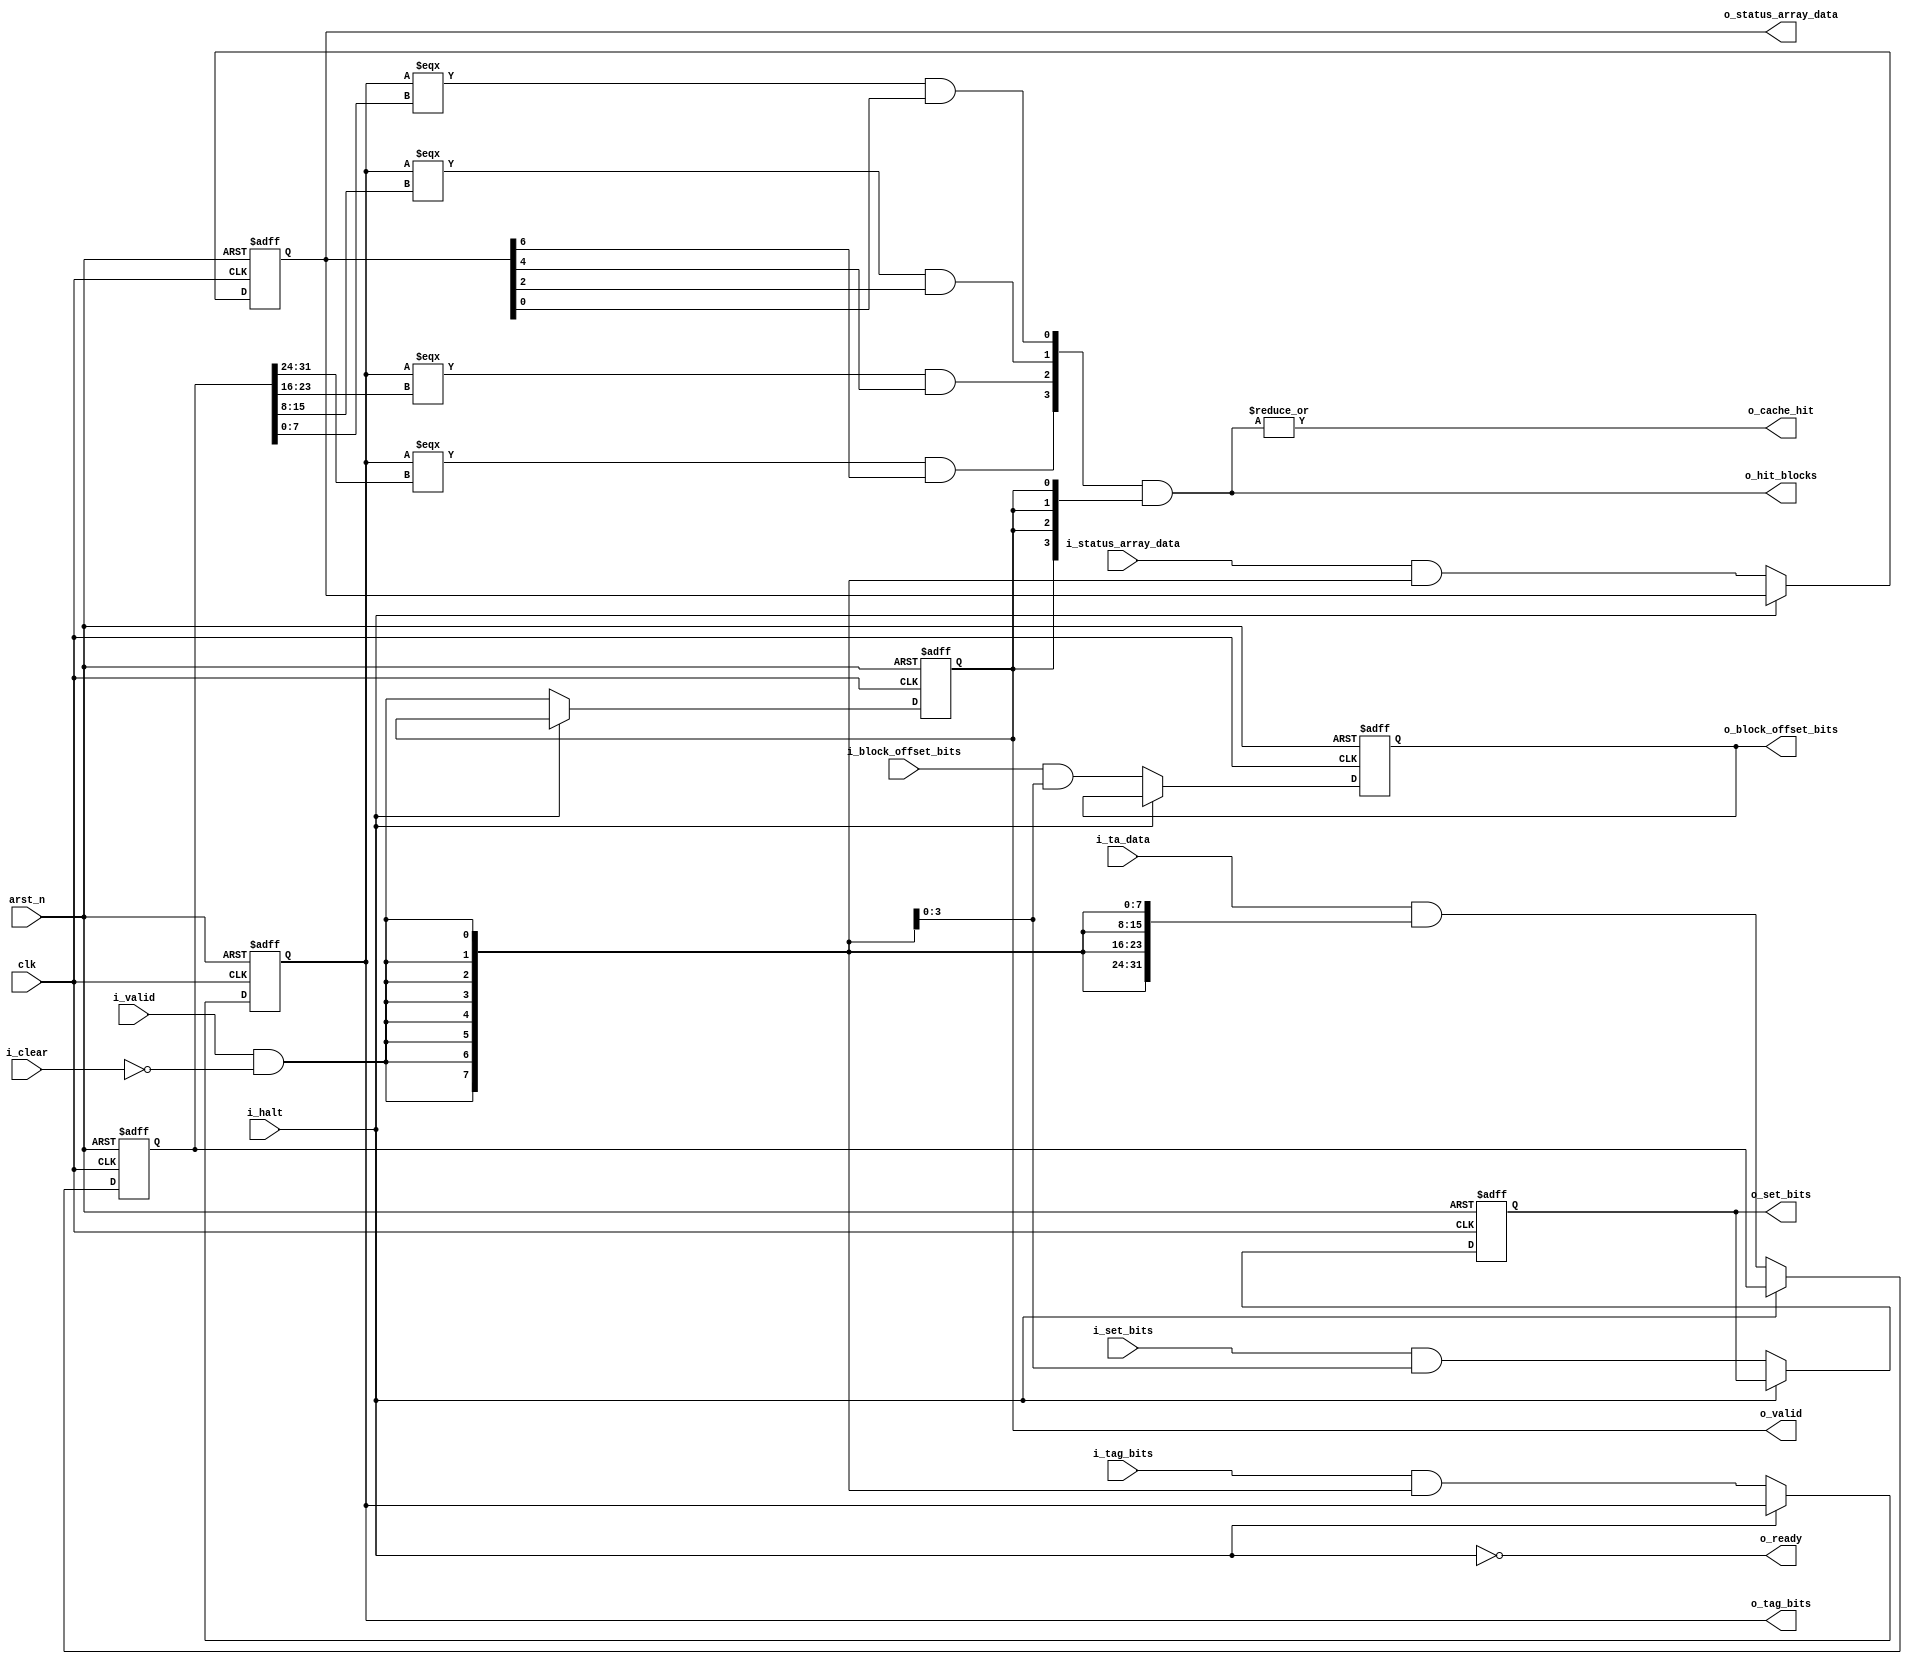
module tag_checker (
    input   wire    [TAG_BITS_WIDTH-1:0]        i_tag_bits,
    
    input   wire    [TAG_ARRAY_WIDTH-1:0]       i_ta_data,
    input   wire    [STATUS_ARRAY_WIDTH-1:0]    i_status_array_data,
    
    // pass through for miss handling
    input   wire    [SET_BITS_WIDTH-1:0]        i_set_bits,
    input   wire    [BLOCK_OFFSET_BITS-1:0]     i_block_offset_bits,
    input   wire                                i_valid,
    input   wire                                i_clear,
    
    input   wire                                clk,
    input   wire                                arst_n,
    input   wire                                i_halt,
    
    output  wire    [NUM_BLOCKS-1:0]            o_hit_blocks,
    output  reg                                 o_cache_hit, // 1 means cache hit, 0 means miss
    output  reg     [TAG_BITS_WIDTH-1:0]        o_tag_bits,
    output  reg     [SET_BITS_WIDTH-1:0]        o_set_bits,
    output  reg     [BLOCK_OFFSET_BITS-1:0]     o_block_offset_bits,
    output  reg     [STATUS_ARRAY_WIDTH-1:0]    o_status_array_data, 

    output  reg                                 o_valid,
    output  wire                                o_ready
);
    // to aid understanding
    localparam TAG_BITS_WIDTH = 8;
    localparam BLOCK_OFFSET_BITS = 4; 
    localparam TAG_ARRAY_WIDTH = 32;
    localparam STATUS_ARRAY_WIDTH = 8;
    localparam SET_BITS_WIDTH = 4;

    localparam NUM_BLOCKS = 4;

    localparam USE_BIT_IDX      = 0; // for use in understanding status_array_data
    localparam VALID_BIT_IDX    = 1;

    
    reg    [TAG_ARRAY_WIDTH-1:0]         r_ta_data;

    assign o_ready = ~i_halt;

    always @(posedge clk, negedge arst_n) begin
        if(~arst_n) begin
            o_tag_bits              <= {TAG_BITS_WIDTH{1'b0}};
            r_ta_data               <= {TAG_ARRAY_WIDTH{1'b0}};
            o_status_array_data     <= {STATUS_ARRAY_WIDTH{1'b0}};
            o_valid                 <= 1'b0;

            o_set_bits              <= {SET_BITS_WIDTH{1'b0}};
            o_block_offset_bits     <= {BLOCK_OFFSET_BITS{1'b0}};
        end
        else if(~i_halt) begin
            o_tag_bits              <= i_tag_bits           & {TAG_BITS_WIDTH{i_valid & ~i_clear}};
            r_ta_data               <= i_ta_data            & {TAG_ARRAY_WIDTH{i_valid & ~i_clear}};
            o_status_array_data     <= i_status_array_data  & {STATUS_ARRAY_WIDTH{i_valid & ~i_clear}};
            o_valid                 <= i_valid & ~i_clear;

            o_set_bits              <= i_set_bits           & {SET_BITS_WIDTH{i_valid & ~i_clear}};
            o_block_offset_bits     <= i_block_offset_bits  & {BLOCK_OFFSET_BITS{i_valid & ~i_clear}};
        end
    end

    assign o_hit_blocks = {
        (o_tag_bits === r_ta_data[24 +: TAG_BITS_WIDTH]) & o_status_array_data[6],
        (o_tag_bits === r_ta_data[16 +: TAG_BITS_WIDTH]) & o_status_array_data[4],
        (o_tag_bits === r_ta_data[8  +: TAG_BITS_WIDTH]) & o_status_array_data[2],
        (o_tag_bits === r_ta_data[0  +: TAG_BITS_WIDTH]) & o_status_array_data[0]
    } & {NUM_BLOCKS{o_valid}};

    assign o_cache_hit = |o_hit_blocks;

endmodule